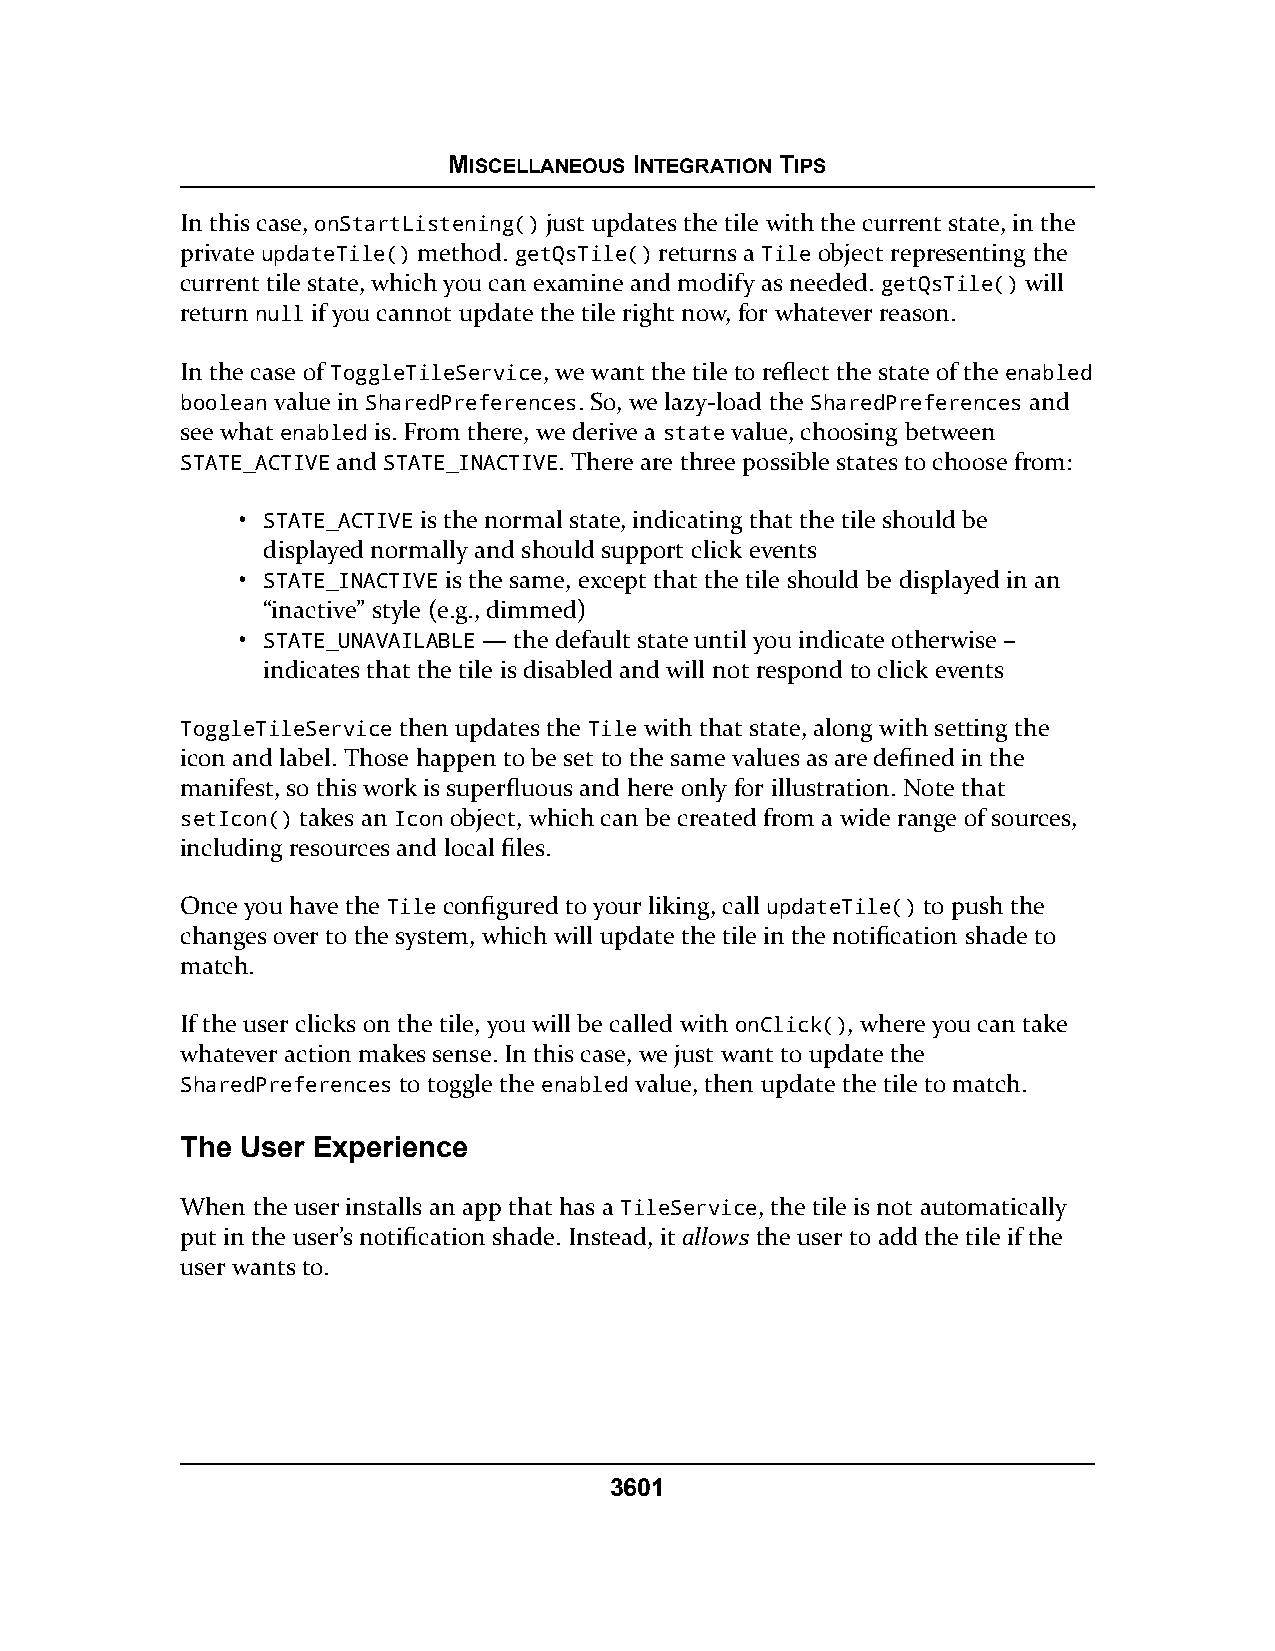
MISCELLANEOUS INTEGRATION TIPS
 In this case, onStartListening() just updates the tile with the current state, in the
 private updateTile() method. getQsTile() returns a Tile object representing the
 current tile state, which you can examine and modify as needed. getQsTile() will
 return null if you cannot update the tile right now, for whatever reason.
 In the case of ToggleTileService, we want the tile to reflect the state of the enabled
 boolean value in SharedPreferences. So, we lazy-load the SharedPreferences and
 see what enabled is. From there, we derive a state value, choosing between
 STATE_ACTIVE and STATE_INACTIVE. There are three possible states to choose from:
 • STATE_ACTIVE is the normal state, indicating that the tile should be
 displayed normally and should support click events
 • STATE_INACTIVE is the same, except that the tile should be displayed in an
 “inactive” style (e.g., dimmed)
 • STATE_UNAVAILABLE — the default state until you indicate otherwise –
 indicates that the tile is disabled and will not respond to click events
 ToggleTileService then updates the Tile with that state, along with setting the
 icon and label. Those happen to be set to the same values as are defined in the
 manifest, so this work is superfluous and here only for illustration. Note that
 setIcon() takes an Icon object, which can be created from a wide range of sources,
 including resources and local files.
 Once you have the Tile configured to your liking, call updateTile() to push the
 changes over to the system, which will update the tile in the notification shade to
 match.
 If the user clicks on the tile, you will be called with onClick(), where you can take
 whatever action makes sense. In this case, we just want to update the
 SharedPreferences to toggle the enabled value, then update the tile to match.
 The User Experience
 When the user installs an app that has a TileService, the tile is not automatically
 put in the user’s notification shade. Instead, it allows the user to add the tile if the
 user wants to.
 3601